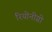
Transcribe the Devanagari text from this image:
रियोनीग्रो